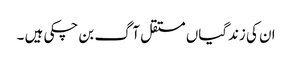
ان کی زندگیاں مستقل آگ بن چکی ہیں ۔